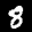
Label: 8